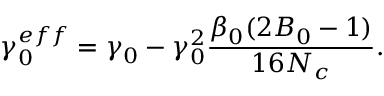
\gamma _ { 0 } ^ { e f f } = \gamma _ { 0 } - \gamma _ { 0 } ^ { 2 } \frac { \beta _ { 0 } ( 2 B _ { 0 } - 1 ) } { 1 6 N _ { c } } .